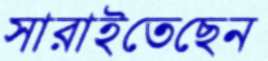
সারাইতেছেন